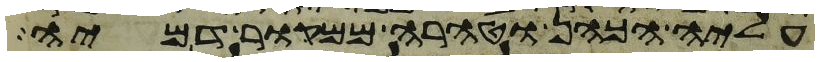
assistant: עליה הכהן וטהרה ממקור דמיה